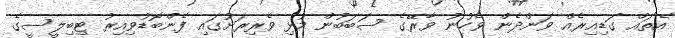
އެތައް ގަޑިއިރެއް ވަންދެން ވެހުނު ވާރޭގެ ސަބަބުން މުޅި ވެރިރަށުގައި ފެންބޮޑުވިއިރު ޓިބިލީސީގެ